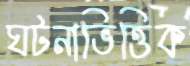
ঘটনাভিত্তিক